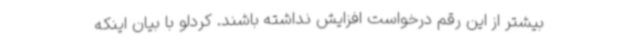
بیشتر از این رقم درخواست افزایش نداشته باشند. کردلو با بیان اینکه